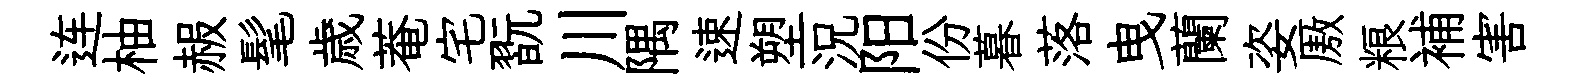
连柚赧髦歳菴宅翫川隅速塑況阳份暮落曳蘭姿厫粮補害